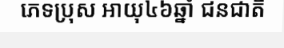
ភេទប្រុស អាយុ៤៦ឆ្នាំ ជនជាតិ